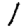
Digit: 1